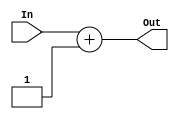
`timescale 1ns / 1ps

module adder
( input [7:0] In,
output [7:0] Out
);

assign Out = In + 1;
endmodule



module MUX1( input [7:0] In1,In2,
input Sel,
output [7:0] Out
);
assign Out = (Sel==1)? In1: In2;
endmodule